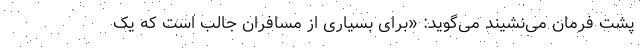
پشت فرمان می‌نشیند می‌گوید: «برای بسیاری از مسافران جالب است که یک